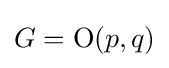
G={\text{O}}(p,q)